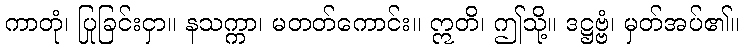
ကာတုံ၊ ပြုခြင်းငှာ။ နသက္ကာ၊ မတတ်ကောင်း။ ဣတိ၊ ဤသို့။ ဒဋ္ဌဗ္ဗံ၊ မှတ်အပ်၏။